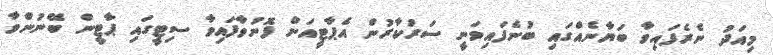
މިއަދު ނެރެފައިވާ ބަޔާނެއްގައި ބުނެފައިވަނީ ސަރުކާރުން އެޕާޓީއަށް ފޮނުވާފައިވާ ސިޓީގައި ޕާޓީން ބޭނުންވާ